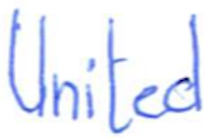
Text: United
Cross-out: clean
Writing tool: ballpoint